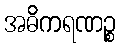
အဓိကရဏဉ္စ